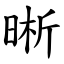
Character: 晰